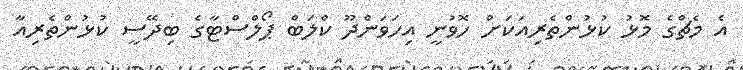
އެ މެޗްގެ މޮޅު ކުޅުންތެރިއަކަށް ހޮވުނީ އިހަވަންދޫ ކްލަބް ޕޯލްސްޓާގެ ބިދޭސީ ކުޅުންތެރިއާ